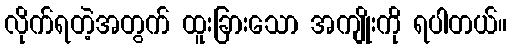
လိုက်ရတဲ့အတွက် ထူးခြားသော အကျိုးကို ရပါတယ်။